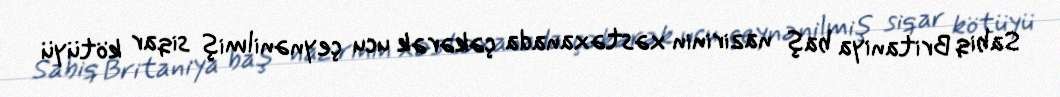
Sabiq Britaniya baş nazirinin xəstəxanada çəkərək ucu çeynənilmiş siqar kötüyü